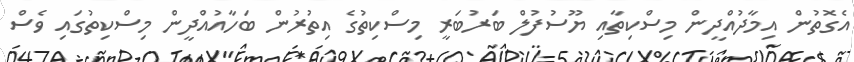
އެގޮތުން އިމާދުއްދީން މިސްކިތާއި ޔޫސުފުލް ބަރުބަރީ މިސްކިތުގެ އިތުރުން ބަހާއުއްދީން މިސްކިތުގައި ވެސް